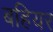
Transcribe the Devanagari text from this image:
बहियर